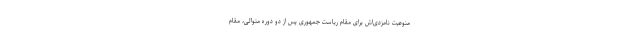
منوعیت نامزدی‌اش برای مقام ریاست جمهوری پس از دو دوره متوالی، مقام